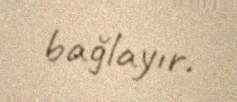
bağlayır.